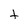
Character: t